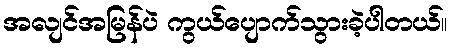
အလျင်အမြန်ပဲ ကွယ်ပျောက်သွားခဲ့ပါတယ်။